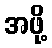
အဖို့